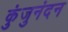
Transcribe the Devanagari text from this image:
कुंजुनंदन